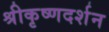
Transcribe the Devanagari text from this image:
श्रीकृष्णदर्शन